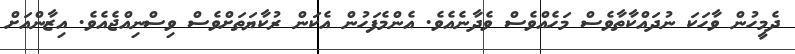
ދެމީހުން ވާހަކަ ނުދައްކާތާވެސް މަހެއްވެސް ވެދާނެއެވެ. އެންމެފަހުން އެކަން ރުކާޔަތަށްވެސް ވިސްނިއްޖެއެވެ. އިޒާންއަށް